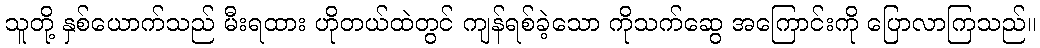
သူတို့ နှစ်ယောက်သည် မီးရထား ဟိုတယ်ထဲတွင် ကျန်ရစ်ခဲ့သော ကိုသက်ဆွေ အကြောင်းကို ပြောလာကြသည်။